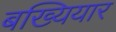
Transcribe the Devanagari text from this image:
बख्यियार